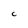
Character: C